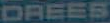
DREES